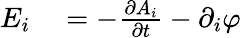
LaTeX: \begin{array}{rl}{E_{i}}&{{}=-{\frac{\partial A_{i}}{\partial t}}-\partial_{i}\varphi}\end{array}